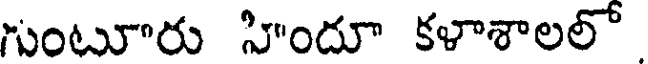
గుంటూరు హిందూ కళాశాలలో